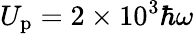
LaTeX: U_{\mathrm{p}}=2\times 10^{3}\hbar\omega